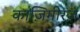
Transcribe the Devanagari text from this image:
काज़िमीरज़